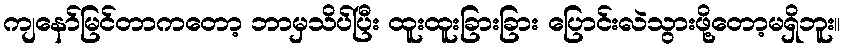
ကျနော်မြင်တာကတော့ ဘာမှသိပ်ပြီး ထူးထူးခြားခြား ပြောင်းလဲသွားဖို့တော့မရှိဘူး။